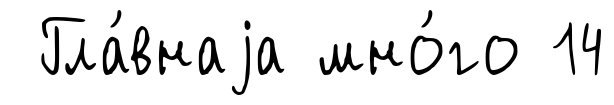
Гла́внаjа мно́го 14